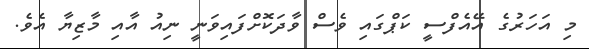
މި އަހަރުގެ އޭއެފްސީ ކަޕްގައި ވެސް ވާދަކޮށްފައިވަނީ ނިއު އާއި މާޒިޔާ އެވެ.